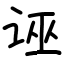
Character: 诬